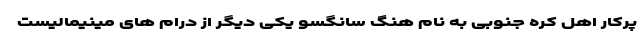
پرکار اهل کره جنوبی به نام هنگ سانگسو یکی دیگر از درام های مینیمالیست